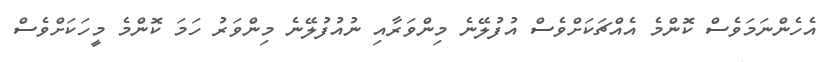
އެހެންނަމަވެސް ކޮންމެ އެއްޗަކަށްވެސް އުފުލޭނެ މިންވަރާއި ނުއުފުލޭނެ މިންވަރު ހަމަ ކޮންމެ މީހަކަށްވެސް